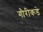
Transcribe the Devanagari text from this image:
गौरीकडे